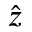
\hat { z }